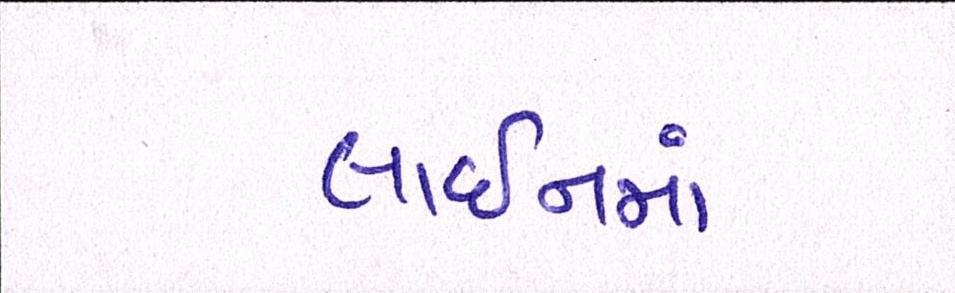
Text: લાઈનમાં